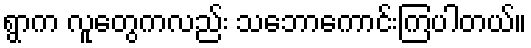
ရွာက လူတွေကလည်း သဘောကောင်းကြပါတယ်။